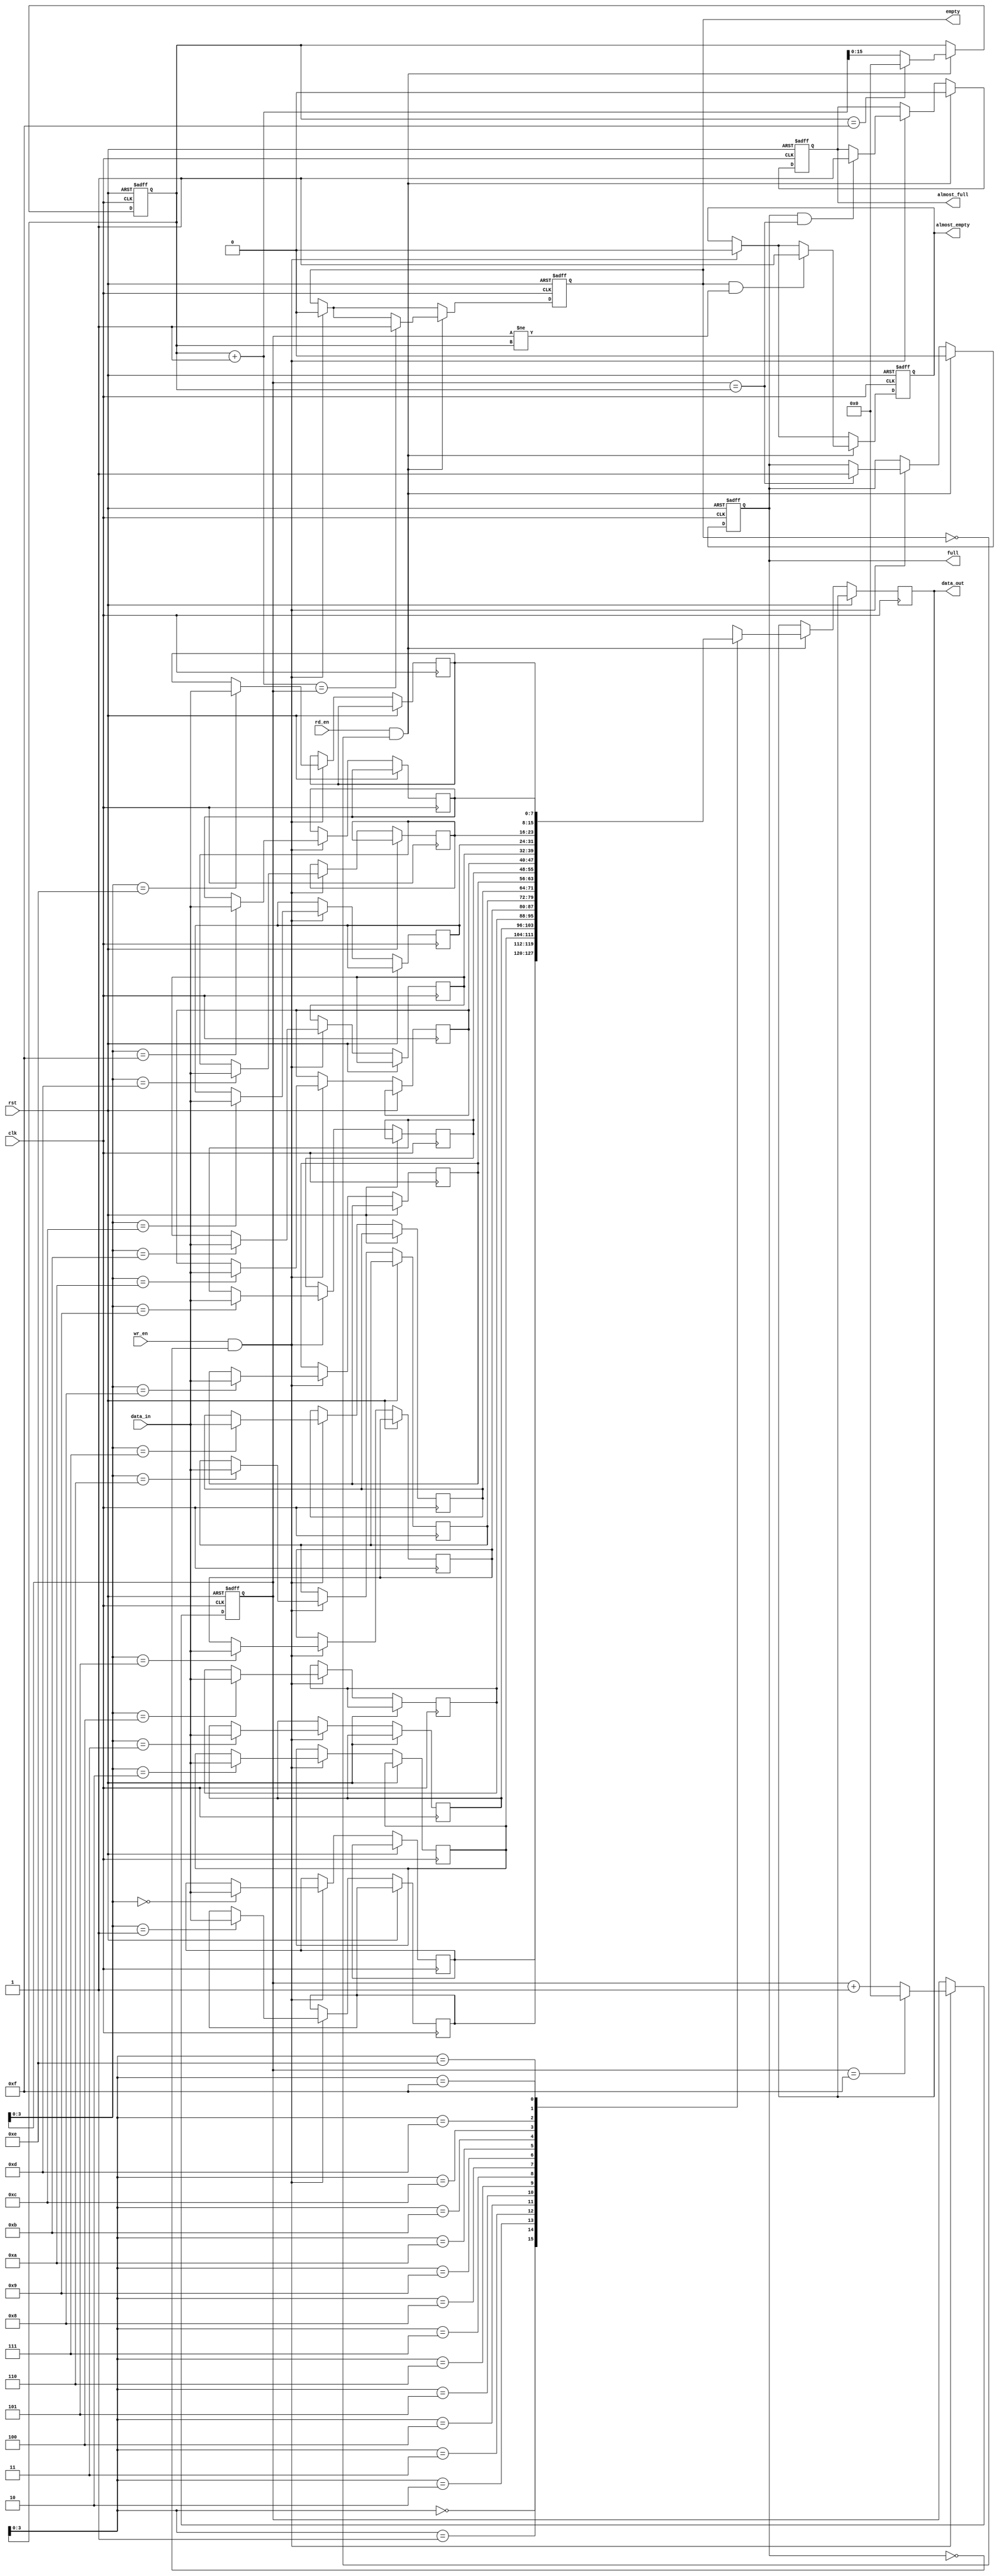
module parametrizable_fifo
#(
    parameter DATA_WIDTH = 8,
    parameter FIFO_SIZE = 16,
    parameter ALMOST_FULL_THRESHOLD = FIFO_SIZE - 2,
    parameter ALMOST_EMPTY_THRESHOLD = 2
)
(
    input wire clk,
    input wire rst,
    input wire wr_en,
    input wire rd_en,
    input wire [DATA_WIDTH-1:0] data_in,
    output reg [DATA_WIDTH-1:0] data_out,
    output reg full,
    output reg empty,
    output reg almost_full,
    output reg almost_empty
);

reg [DATA_WIDTH-1:0] fifo [FIFO_SIZE-1:0];
reg [FIFO_SIZE-1:0] write_ptr;
reg [FIFO_SIZE-1:0] read_ptr;

always @(posedge clk or posedge rst) begin
    if (rst) begin
        write_ptr <= 0;
        read_ptr <= 0;
        full <= 0;
        empty <= 1;
        almost_full <= 0;
        almost_empty <= 1;
    end else begin
        if (wr_en && !full) begin
            fifo[write_ptr] <= data_in;
            write_ptr <= write_ptr + 1;
            if (write_ptr == FIFO_SIZE - 1)
                write_ptr <= 0;
            if (write_ptr == read_ptr)
                full <= 1;
            if (full && (write_ptr == read_ptr))
                almost_full <= 1;
            empty <= 0;
            almost_empty <= 0;
        end
        
        if (rd_en && !empty) begin
            data_out <= fifo[read_ptr];
            read_ptr <= read_ptr + 1;
            if (read_ptr == FIFO_SIZE - 1)
                read_ptr <= 0;
            if (read_ptr + 1 == write_ptr)
                empty <= 1;
            if (empty && (write_ptr != read_ptr))
                almost_empty <= 1;
            full <= 0;
            almost_full <= 0;
        end
    end
end

endmodule